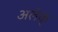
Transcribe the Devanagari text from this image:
अलेक्